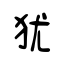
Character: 犹